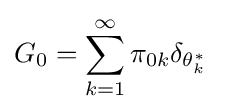
{\begin{aligned}G_{0}&=\sum _{k=1}^{\infty }\pi _{0k}\delta _{\theta _{k}^{*}}\end{aligned}}